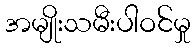
အမျိုးသမီးပါဝင်မှု